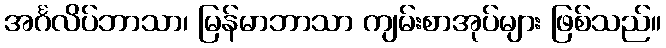
အင်္ဂလိပ်ဘာသာ၊ မြန်မာဘာသာ ကျမ်းစာအုပ်များ ဖြစ်သည်။